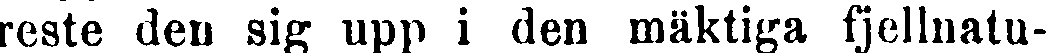
reste den sig upp i den mäktiga fjellnatu-